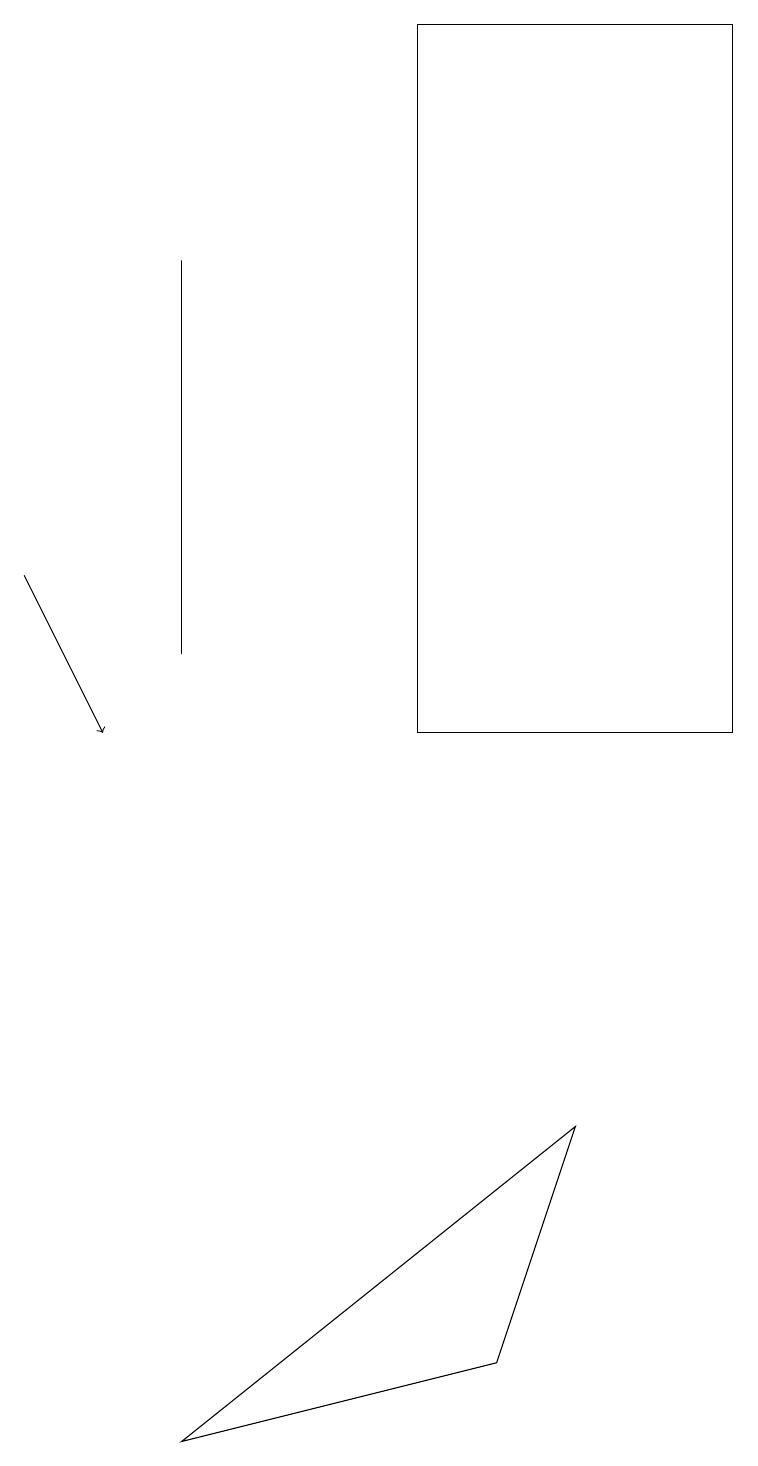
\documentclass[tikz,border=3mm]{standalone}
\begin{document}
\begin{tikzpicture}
\draw (6,2) -- (2,1) -- (7,5) -- cycle;
\draw[->] (0,12) -- (1,10);
\draw (2,11) rectangle (2,16);
\draw (5,10) rectangle (9,19);
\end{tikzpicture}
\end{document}